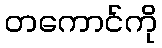
တကောင်ကို